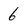
Character: 6